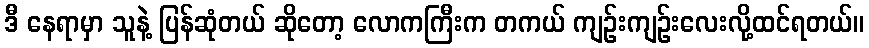
ဒီ နေရာမှာ သူနဲ့ ပြန်ဆုံတယ် ဆိုတော့ လောကကြီးက တကယ် ကျဉ်းကျဉ်းလေးလို့ထင်ရတယ်။